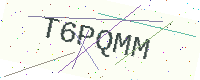
Text: T6PQMM